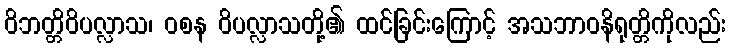
ဝိဘတ္တိဝိပလ္လာသ၊ ဝစန ဝိပလ္လာသတို့၏ ထင်ခြင်းကြောင့် အသဘာဝနိရုတ္တိကိုလည်း